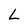
Character: L